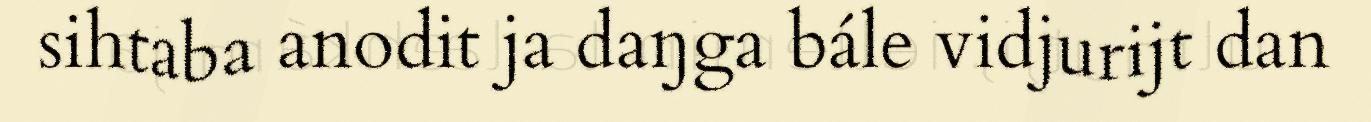
sihtaba anodit ja daŋga bále vidjurijt dan